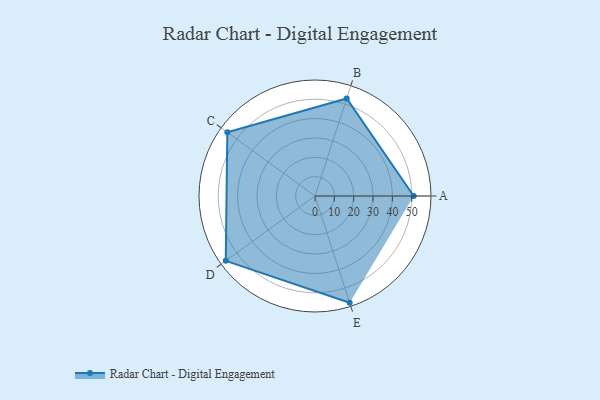
{"axis": {"x": "Skill", "y": "Score"}, "legend": ["Profile"], "data": [{"x": "A", "y": 51.0, "type": "Profile"}, {"x": "B", "y": 53.0, "type": "Profile"}, {"x": "C", "y": 56.0, "type": "Profile"}, {"x": "D", "y": 57.0, "type": "Profile"}, {"x": "E", "y": 58.0, "type": "Profile"}]}